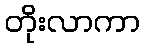
တိုးလာကာ